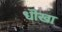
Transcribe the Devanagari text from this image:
धॊखा